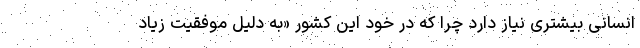
انسانی بیشتری نیاز دارد چرا که در خود این کشور «به دلیل موفقیت زیاد